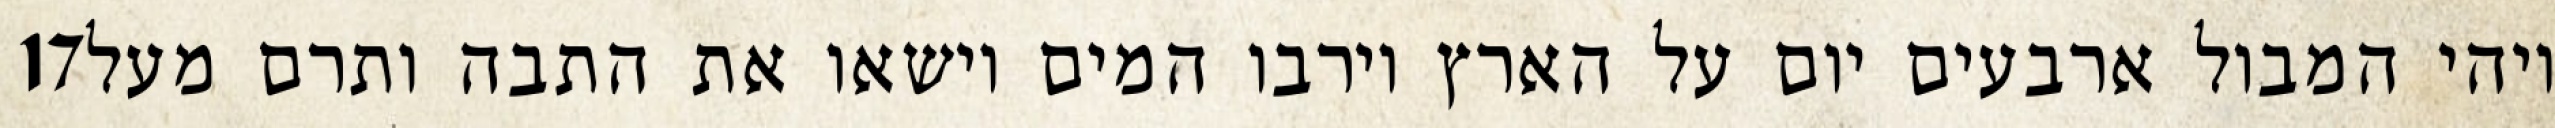
‎17‏ ויהי המבול ארבעים יום על הארץ וירבו המים וישאו את התבה ותרם מעל